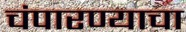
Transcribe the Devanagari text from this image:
चंपारण्याचा